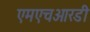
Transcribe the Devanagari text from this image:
एमएचआरडी